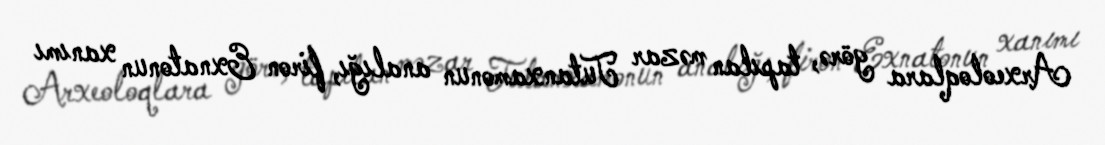
Arxeoloqlara görə, tapılan məzar Tutanxamonun analığı, firon Exnatonun xanımı